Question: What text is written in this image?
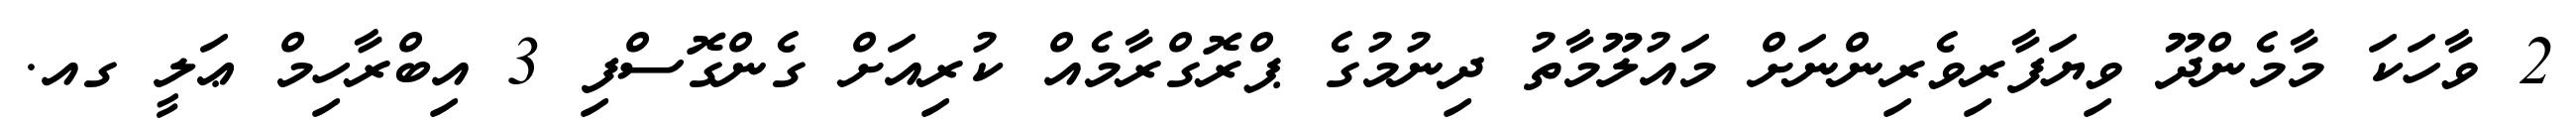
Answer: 2 ވާހަކަ މާމެންދޫ ވިޔަފާރިވެރިންނަށް މައުލޫމާތު ދިނުމުގެ ޕްރޮގްރާމެއް ކުރިއަށް ގެންގޮސްފި 3 އިބްރާހިމް ޢަލީ ގއ.